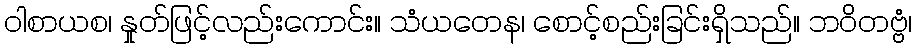
ဝါစာယစ၊ နှုတ်ဖြင့်လည်းကောင်း။ သံယတေန၊ စောင့်စည်းခြင်းရှိသည်။ ဘဝိတဗ္ဗံ၊